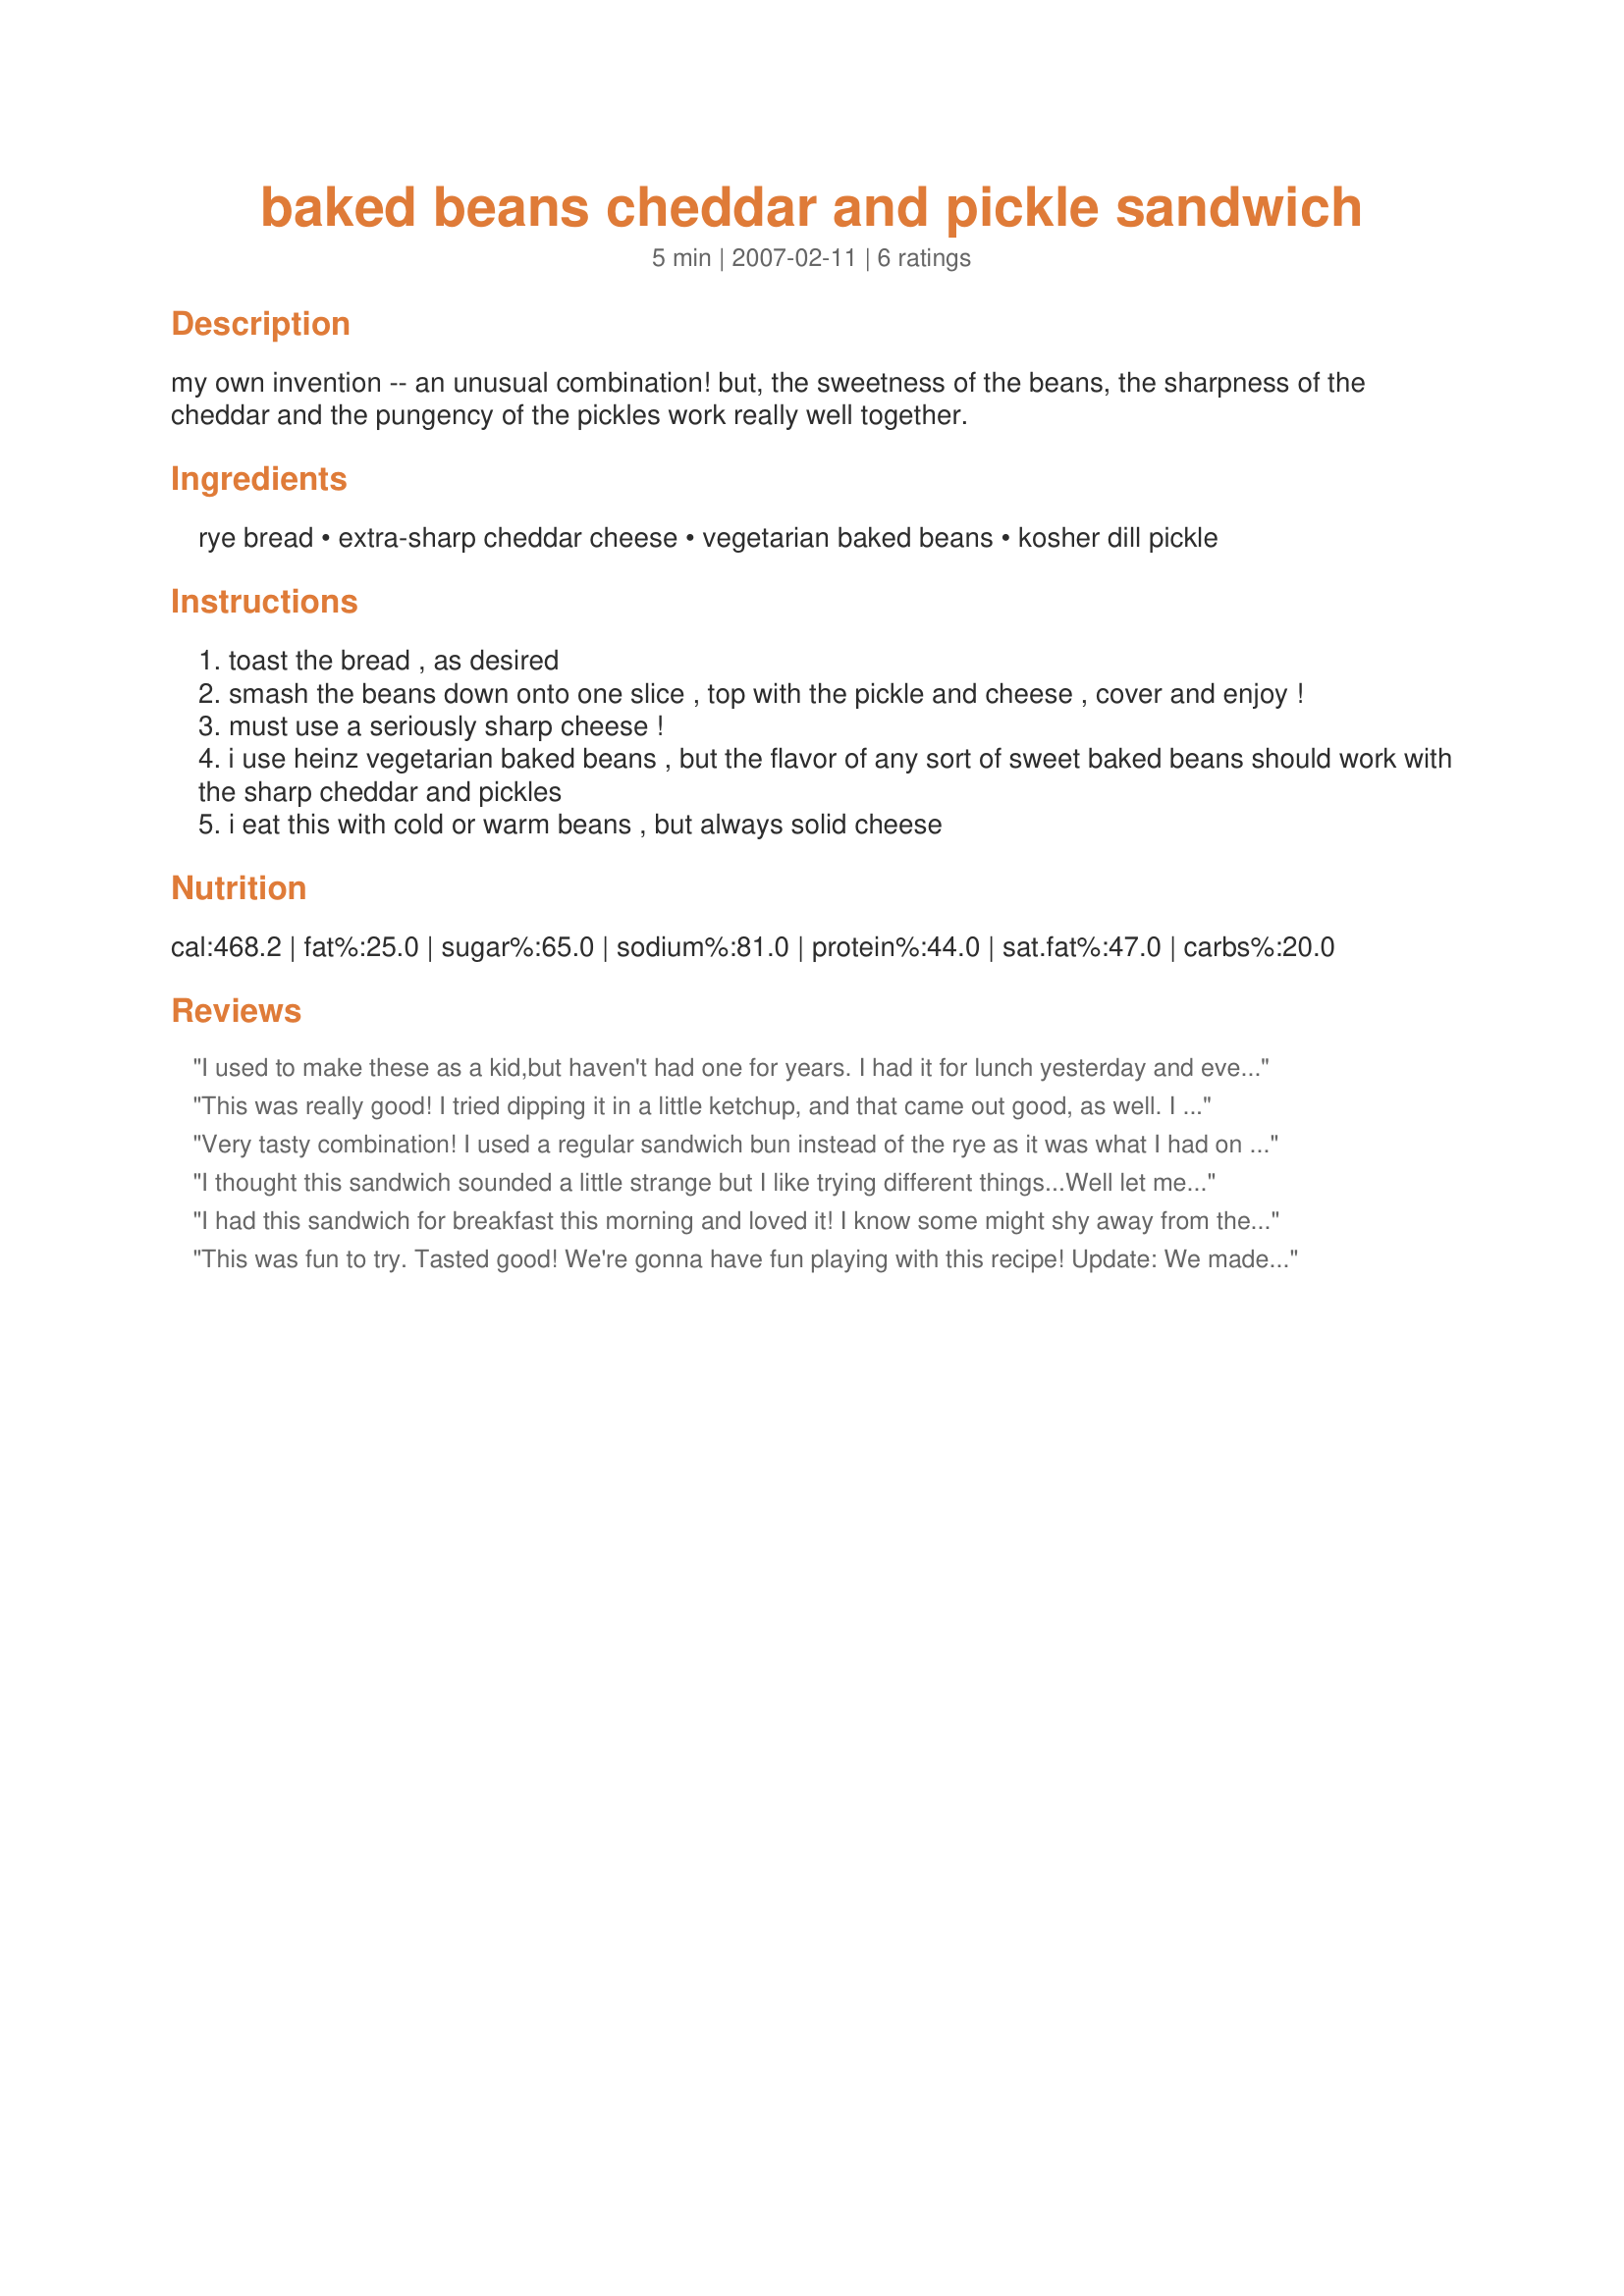
baked beans cheddar and pickle sandwich
Preparation time: 5 minutes

my own invention -- an unusual combination! but, the sweetness of the beans, the sharpness of the cheddar and the pungency of the pickles work really well together.

Ingredients:
rye bread, extra-sharp cheddar cheese, vegetarian baked beans, kosher dill pickle

Steps:
toast the bread , as desired
smash the beans down onto one slice , top with the pickle and cheese , cover and enjoy !
must use a seriously sharp cheese !
i use heinz vegetarian baked beans , but the flavor of any sort of sweet baked beans should work with the sharp cheddar and pickles
i eat this with cold or warm beans , but always solid cheese

Reviews:
I used to make these as a kid,but haven't had one for years. I had it for lunch yesterday and even DH loved it. Thanks for posting.
This was really good! I tried dipping it in a little ketchup, and that came out good, as well. I would not recommend slicing it in half, though, as this causes everything to fall apart very quickly. Make sure the beans are very smashed, too. I'll definitely make this again!
Very tasty combination! I used a regular sandwich bun instead of the rye as it was what I had on hand. Thanks for the yummy and different sandwich idea Lori!
I thought this sandwich sounded a little strange but I like trying different things...Well let me tell you it is a FABULOUS COMBO OF FLAVORS....It works really well. I used recipe#65285 for the beans and they were sweet which went perfect with the quality kosher pickle and sharp cheddar cheese. I tried it both on pumpernickle and light rye and liked the pumpernickle better. My only problem was not smashing the beans so I could get a pretty photo...so upon eating it they were all falling out! Next time I know to smash them like refried beans. This will be a regular in my house. Thanks so much for this recipe! Made for PAC Spring 2007.
I had this sandwich for breakfast this morning and loved it! I know some might shy away from the recipe because of the combination of ingredients but they really do go well together. When you think about it, most people eat hamburgers, right? What do we serve as a side? Baked beans! And what do we put on hamburgers? Cheese and pickles! You get my point. ;) I used the recommended Heinz Vegetarian Baked Beans but would like to try it again using a sweeter bean, such as Bush's Honey Baked. I needed a little more sweetness to cut the the sharpness of the cheese and the sourness of the pickle but that's just personal preference. Thanks for posting a great sammie recipe, Dorie's Lori!
This was fun to try. Tasted good! We're gonna have fun playing with this recipe!

Update: We made these again today and decided to add a little to it. So, we buttered one side on each slice of bread, added some sliced vegetarian hot dogs to the beans and grilled the sandwich on our Foreman grill. Yum! A little messy but a lot of delicious!!!
